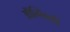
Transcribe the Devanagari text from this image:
ऑग्लिव्ही